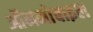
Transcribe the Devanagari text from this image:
ऑनमोबाइल